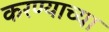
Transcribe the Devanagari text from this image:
करण्‍याच्‍या